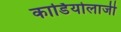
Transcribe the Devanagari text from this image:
कार्डियोलाजी